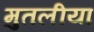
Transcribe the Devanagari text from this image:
मुतलीया